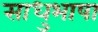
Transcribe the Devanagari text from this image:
साधुभाषा